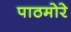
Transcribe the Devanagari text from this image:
पाठमोरे